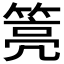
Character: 𰪎